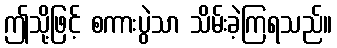
ဤသို့ဖြင့် စကားပွဲသာ သိမ်းခဲ့ကြရသည်။